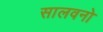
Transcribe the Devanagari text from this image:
सालवनो